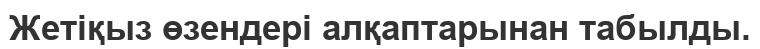
Жетіқыз өзендері алқаптарынан табылды.